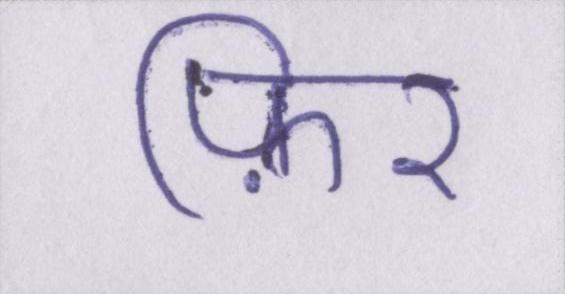
फ़िर